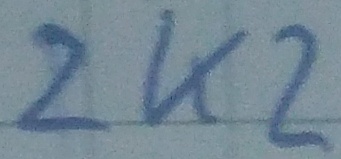
Text: 2K2